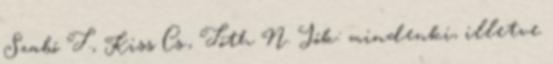
Szabó T., Kiss Cs., Tóth N. Jók: mindenki, illetve